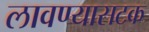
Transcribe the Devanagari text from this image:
लावण्यासटक